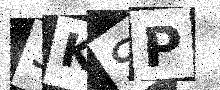
Text: 3KSP